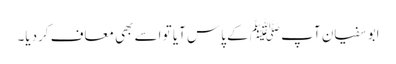
ابو سفیان آپ ﷺ کے پاس آیا تو اسے بھی معاف کردیا۔